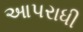
આપરાધી